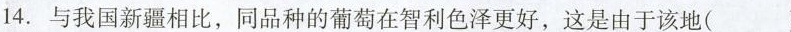
14.与我国新疆相比，同品种的葡萄在智利色泽更好，这是由于该地( )